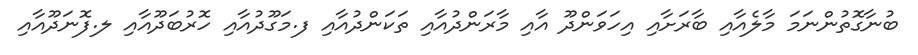
ބުނާގޮތުންނަމަ މާލެއާއި ބާރަށާއި އިހަވަންދޫ އާއި މާރަންދުއާއި ތަކަންދުއާއި ފ.މަގޫދުއާއި ހޮރުބަދޫއާއި ލ.ފޮނަދޫއާއި